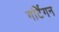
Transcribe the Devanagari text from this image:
गर्टिगन